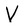
Character: V